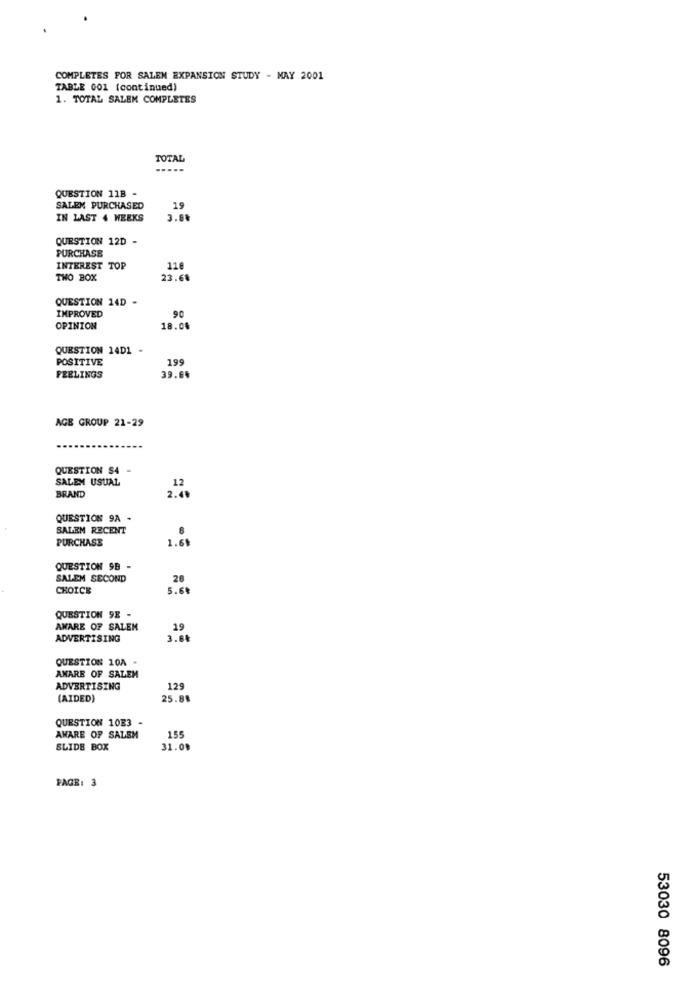
COMPLETES FOR SALEM EXPANSION STUDY - MAY 2001
TABLE 001 (continued)
1. TOTAL SALEM COMPLETES
TOTAL
QUESTION 11B -
SALEM PURCHASED
19
IN LAST 4 WEEKS
3.89
QUESTION 12D
PURCHASE
INTEREST TOP
116
THO BOX
23.6%
QUESTION 14D -
IMPROVED
OPINION
18.04
QUESTION 14D1
POSITIVE
199
FEELINGS
39.64
AGE GROUP 21-29
QUESTION $4 -
SALEM USUAL
12
BRAND
2.49
QUESTION 9A .
SALEM RECENT
6
PURCHASE
1.69
QUESTION 9B -
SALEM SECOND
28
CHOICE
5.68
QUESTION 9E -
AWARE OF SALEM
19
ADVERTISING
3.60
QUESTION 10A .
AMARE OF SALEM
ADVERTISING
129
(AIDED)
25.81
QUESTION 10E3 -
155
AWARE OF SALEM
SLIDE BOX
31.08
PAGE: 3
53030 8096